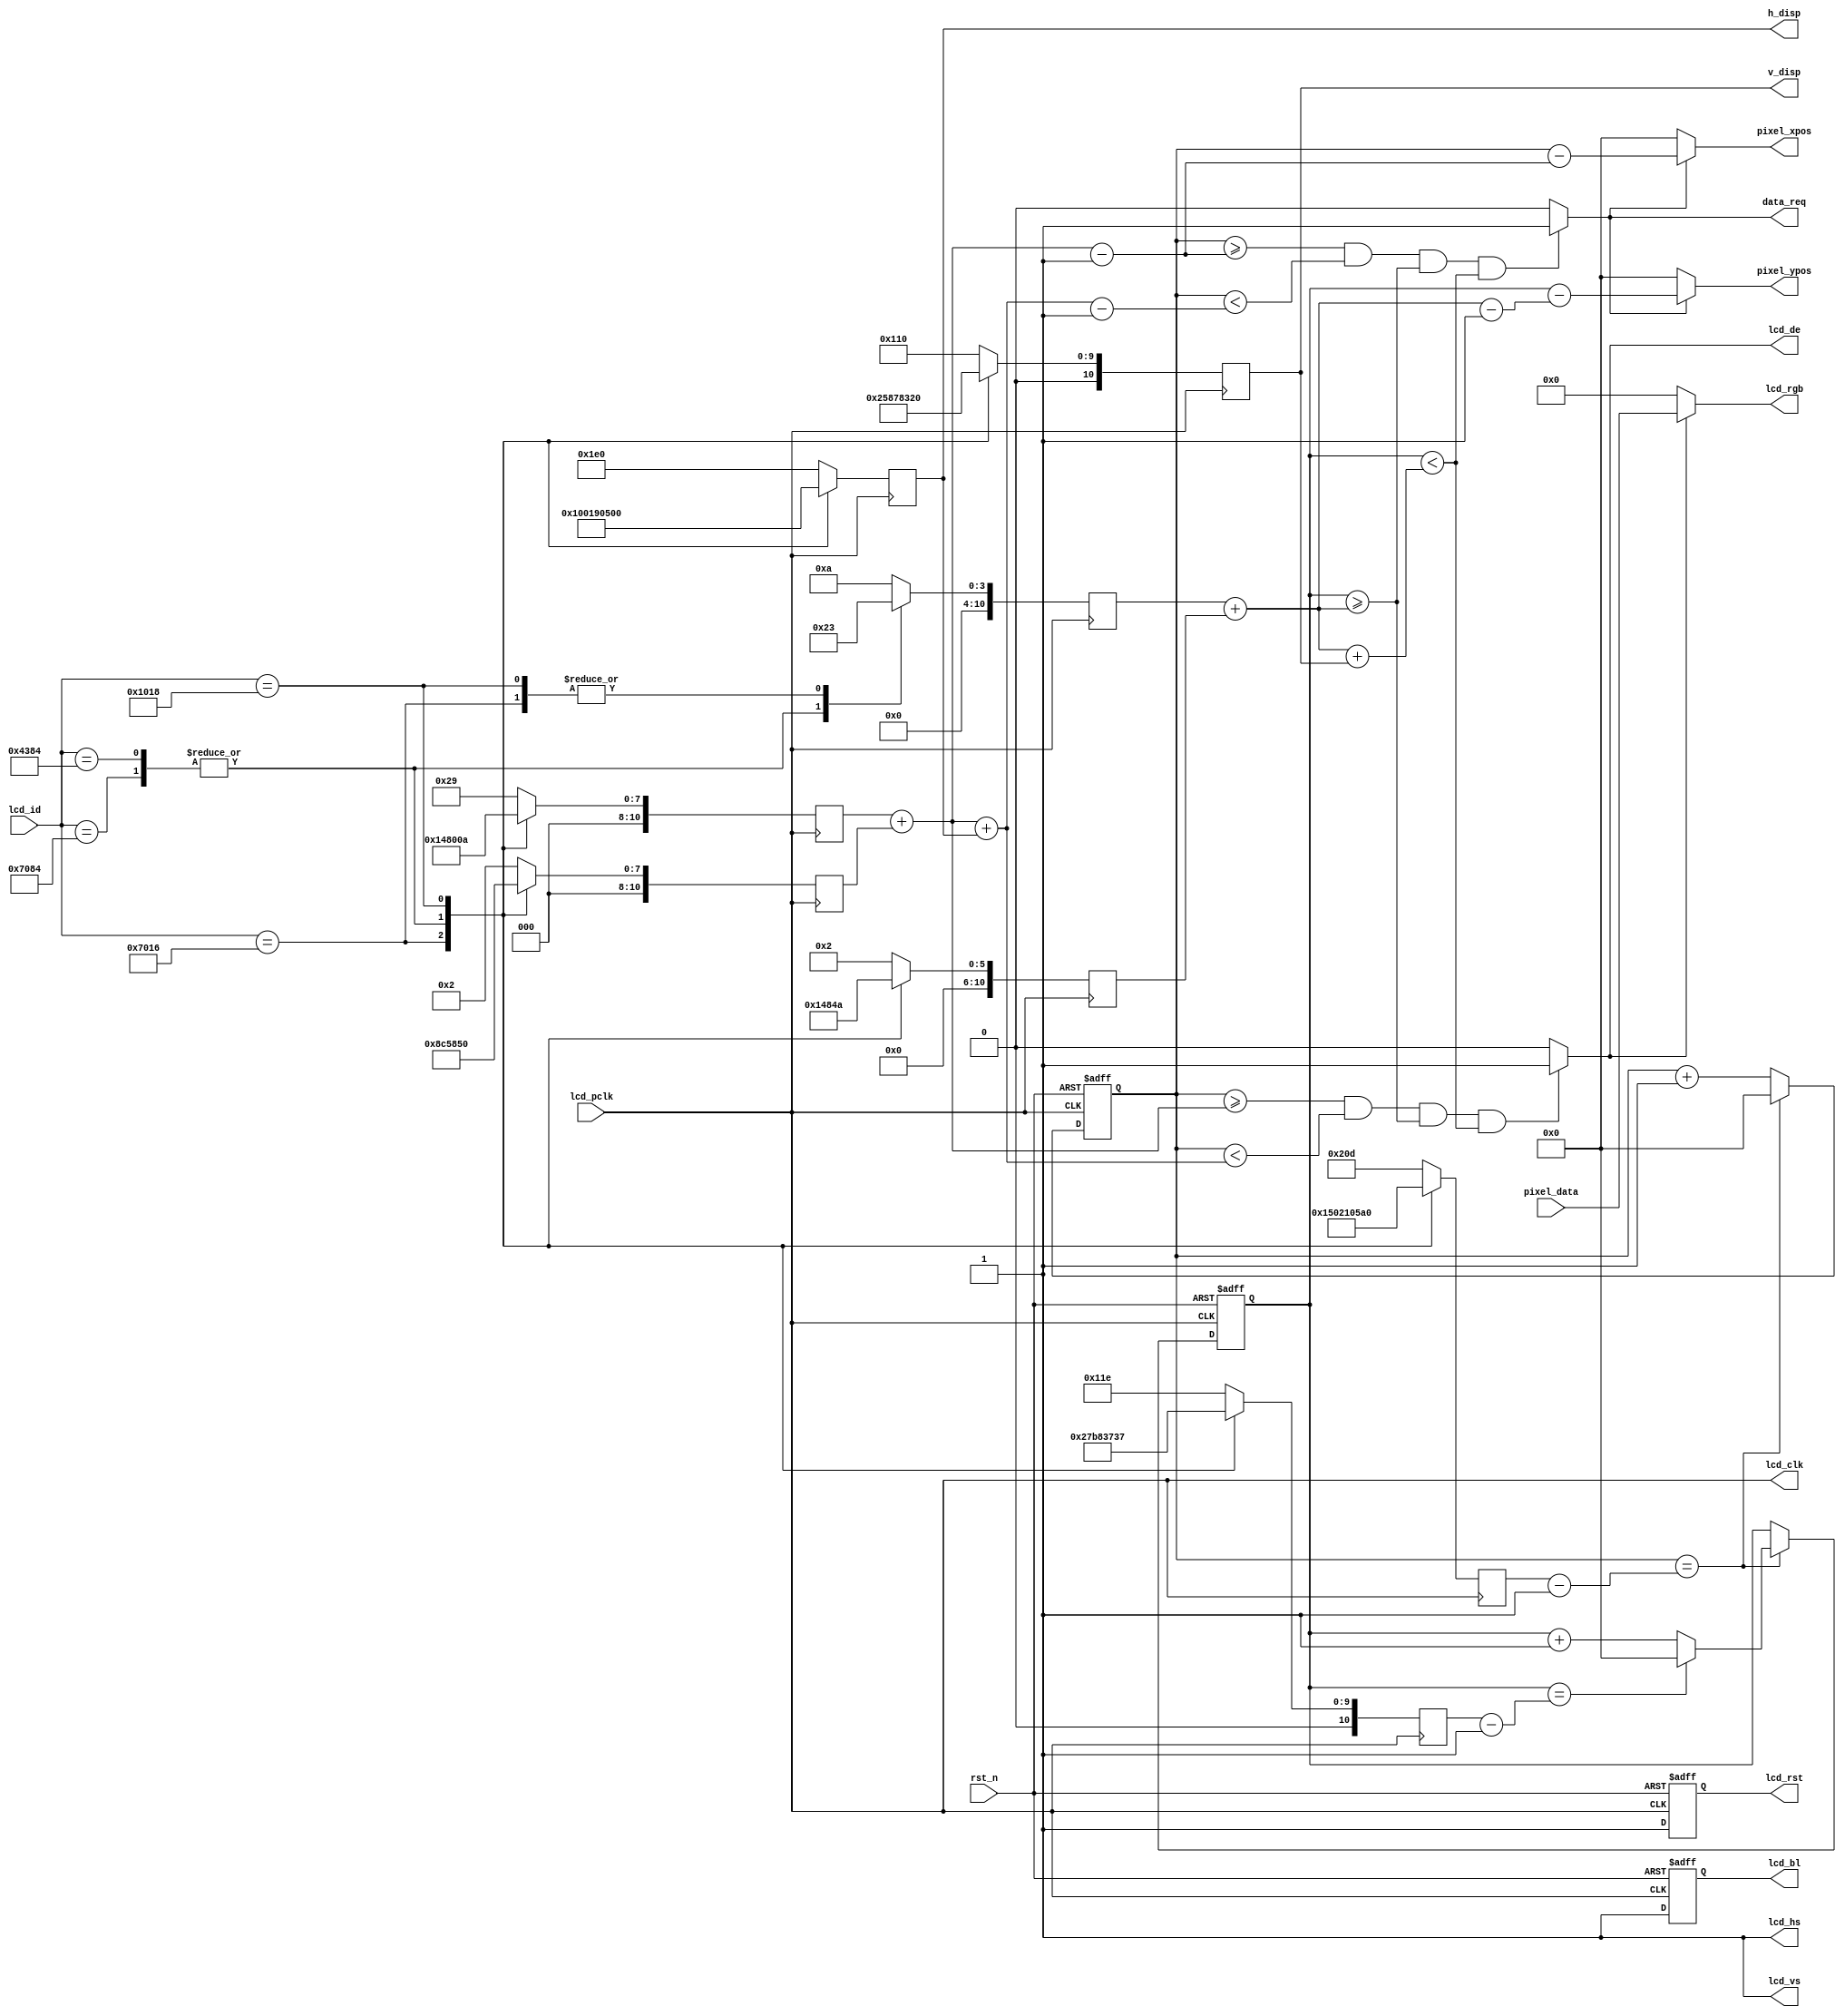
//****************************************Copyright (c)***********************************//
//www.yuanzige.com
//www.openedv.com
//http://openedv.taobao.com
//""ZYNQ & FPGA & STM32 & LINUX
//
//Copyright(C)  2018-2028
//All rights reserved
//----------------------------------------------------------------------------------------
// File name:           lcd_driver
// Last modified Date:  2020/05/28 20:28:08
// Last Version:        V1.0
// Descriptions:        LCD
//                      
//----------------------------------------------------------------------------------------
// Created by:          
// Created date:        2020/05/28 20:28:08
// Version:             V1.0
// Descriptions:        The original version
//
//----------------------------------------------------------------------------------------
//****************************************************************************************//
module lcd_driver(
    input                lcd_pclk,    //
    input                rst_n,       //
    input        [15:0]  lcd_id,      //LCDID
    input        [15:0]  pixel_data,  //
    output       [10:0]  pixel_xpos,  //
    output       [10:0]  pixel_ypos,  //   
    output  reg  [10:0]  h_disp,      //LCD
    output  reg  [10:0]  v_disp,      //LCD   
    output               data_req,    //
    //RGB LCD
    output               lcd_de,      //LCD 
    output               lcd_hs,      //LCD 
    output               lcd_vs,      //LCD 
    output     reg       lcd_bl,      //LCD 
    output               lcd_clk,     //LCD 
    output       [15:0]  lcd_rgb,     //LCD RGB565
    output     reg       lcd_rst      //LCD ,
    );

//parameter define  
// 4.3' 480*272
parameter  H_SYNC_4342   =  11'd41;     //
parameter  H_BACK_4342   =  11'd2;      //
parameter  H_DISP_4342   =  11'd480;    //
parameter  H_FRONT_4342  =  11'd2;      //
parameter  H_TOTAL_4342  =  11'd525;    //
   
parameter  V_SYNC_4342   =  11'd10;     //
parameter  V_BACK_4342   =  11'd2;      //
parameter  V_DISP_4342   =  11'd272;    //
parameter  V_FRONT_4342  =  11'd2;      //
parameter  V_TOTAL_4342  =  11'd286;    //
   
// 7' 800*480   
parameter  H_SYNC_7084   =  11'd128;    //
parameter  H_BACK_7084   =  11'd88;     //
parameter  H_DISP_7084   =  11'd800;    //
parameter  H_FRONT_7084  =  11'd40;     //
parameter  H_TOTAL_7084  =  11'd1056;   //
   
parameter  V_SYNC_7084   =  11'd2;      //
parameter  V_BACK_7084   =  11'd33;     //
parameter  V_DISP_7084   =  11'd480;    //
parameter  V_FRONT_7084  =  11'd10;     //
parameter  V_TOTAL_7084  =  11'd525;    //       
   
// 7' 1024*600   
parameter  H_SYNC_7016   =  11'd20;     //
parameter  H_BACK_7016   =  11'd140;    //
parameter  H_DISP_7016   =  11'd1024;   //
parameter  H_FRONT_7016  =  11'd160;    //
parameter  H_TOTAL_7016  =  11'd1344;   //
   
parameter  V_SYNC_7016   =  11'd3;      //
parameter  V_BACK_7016   =  11'd20;     //
parameter  V_DISP_7016   =  11'd600;    //
parameter  V_FRONT_7016  =  11'd12;     //
parameter  V_TOTAL_7016  =  11'd635;    //
   
// 10.1' 1280*800   
parameter  H_SYNC_1018   =  11'd10;     //
parameter  H_BACK_1018   =  11'd80;     //
parameter  H_DISP_1018   =  11'd1280;   //
parameter  H_FRONT_1018  =  11'd70;     //
parameter  H_TOTAL_1018  =  11'd1440;   //
   
parameter  V_SYNC_1018   =  11'd3;      //
parameter  V_BACK_1018   =  11'd10;     //
parameter  V_DISP_1018   =  11'd800;    //
parameter  V_FRONT_1018  =  11'd10;     //
parameter  V_TOTAL_1018  =  11'd823;    //

// 4.3' 800*480   
parameter  H_SYNC_4384   =  11'd128;    //
parameter  H_BACK_4384   =  11'd88;     //
parameter  H_DISP_4384   =  11'd800;    //
parameter  H_FRONT_4384  =  11'd40;     //
parameter  H_TOTAL_4384  =  11'd1056;   //
   
parameter  V_SYNC_4384   =  11'd2;      //
parameter  V_BACK_4384   =  11'd33;     //
parameter  V_DISP_4384   =  11'd480;    //
parameter  V_FRONT_4384  =  11'd10;     //
parameter  V_TOTAL_4384  =  11'd525;    //    

//reg define
reg  [10:0] h_sync ;
reg  [10:0] h_back ;
reg  [10:0] h_total;
reg  [10:0] v_sync ;
reg  [10:0] v_back ;
reg  [10:0] v_total;
reg  [10:0] h_cnt  ;
reg  [10:0] v_cnt  ;

//wire define    
wire        lcd_en;
//wire        data_req;

//*****************************************************
//**                    main code
//*****************************************************

//RGB LCD DE
assign  lcd_hs = 1'b1;        //LCD
assign  lcd_vs = 1'b1;        //LCD
 
assign  lcd_clk = lcd_pclk;   //LCD
assign  lcd_de = lcd_en;      //LCD

//RGB565
assign  lcd_en = ((h_cnt >= h_sync + h_back) && (h_cnt < h_sync + h_back + h_disp)
                  && (v_cnt >= v_sync + v_back) && (v_cnt < v_sync + v_back + v_disp)) 
                  ? 1'b1 : 1'b0;

//  
assign data_req = ((h_cnt >= h_sync + h_back - 1'b1) && (h_cnt < h_sync + h_back + h_disp - 1'b1)
                  && (v_cnt >= v_sync + v_back) && (v_cnt < v_sync + v_back + v_disp)) 
                  ? 1'b1 : 1'b0;

//  
assign pixel_xpos = data_req ? (h_cnt - (h_sync + h_back - 1'b1)) : 11'd0;
assign pixel_ypos = data_req ? (v_cnt - (v_sync + v_back - 1'b1)) : 11'd0;

//RGB565
assign lcd_rgb = lcd_en ? pixel_data : 16'd0;

//
always @(posedge lcd_pclk) begin
    case(lcd_id)
        16'h4342 : begin
            h_sync  <= H_SYNC_4342; 
            h_back  <= H_BACK_4342; 
            h_disp  <= H_DISP_4342; 
            h_total <= H_TOTAL_4342;
            v_sync  <= V_SYNC_4342; 
            v_back  <= V_BACK_4342; 
            v_disp  <= V_DISP_4342; 
            v_total <= V_TOTAL_4342;            
        end
        16'h7084 : begin
            h_sync  <= H_SYNC_7084; 
            h_back  <= H_BACK_7084; 
            h_disp  <= H_DISP_7084; 
            h_total <= H_TOTAL_7084;
            v_sync  <= V_SYNC_7084; 
            v_back  <= V_BACK_7084; 
            v_disp  <= V_DISP_7084; 
            v_total <= V_TOTAL_7084;        
        end
        16'h7016 : begin
            h_sync  <= H_SYNC_7016; 
            h_back  <= H_BACK_7016; 
            h_disp  <= H_DISP_7016; 
            h_total <= H_TOTAL_7016;
            v_sync  <= V_SYNC_7016; 
            v_back  <= V_BACK_7016; 
            v_disp  <= V_DISP_7016; 
            v_total <= V_TOTAL_7016;            
        end
        16'h4384 : begin
            h_sync  <= H_SYNC_4384; 
            h_back  <= H_BACK_4384; 
            h_disp  <= H_DISP_4384; 
            h_total <= H_TOTAL_4384;
            v_sync  <= V_SYNC_4384; 
            v_back  <= V_BACK_4384; 
            v_disp  <= V_DISP_4384; 
            v_total <= V_TOTAL_4384;             
        end        
        16'h1018 : begin
            h_sync  <= H_SYNC_1018; 
            h_back  <= H_BACK_1018; 
            h_disp  <= H_DISP_1018; 
            h_total <= H_TOTAL_1018;
            v_sync  <= V_SYNC_1018; 
            v_back  <= V_BACK_1018; 
            v_disp  <= V_DISP_1018; 
            v_total <= V_TOTAL_1018;        
        end
        default : begin
            h_sync  <= H_SYNC_4342; 
            h_back  <= H_BACK_4342; 
            h_disp  <= H_DISP_4342; 
            h_total <= H_TOTAL_4342;
            v_sync  <= V_SYNC_4342; 
            v_back  <= V_BACK_4342; 
            v_disp  <= V_DISP_4342; 
            v_total <= V_TOTAL_4342;          
        end
    endcase
end

//
always@ (posedge lcd_pclk or negedge rst_n) begin
    if(!rst_n) 
        h_cnt <= 11'd0;
    else begin
        if(h_cnt == h_total - 1'b1)
            h_cnt <= 11'd0;
        else
            h_cnt <= h_cnt + 1'b1;           
    end
end

//
always@ (posedge lcd_pclk or negedge rst_n) begin
    if(!rst_n) 
        v_cnt <= 11'd0;
    else begin
        if(h_cnt == h_total - 1'b1) begin
            if(v_cnt == v_total - 1'b1)
                v_cnt <= 11'd0;
            else
                v_cnt <= v_cnt + 1'b1;    
        end
    end    
end

//LCD
always@ (posedge lcd_pclk or negedge rst_n) begin
    if(!rst_n)begin 
        lcd_rst <= 0;
        lcd_bl <= 0;
    end
    else begin
        lcd_rst <= 1;
        lcd_bl <= 1;
    end
end

endmodule